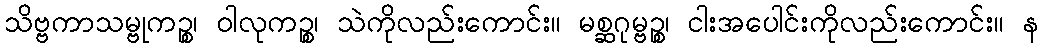
သိဗ္ဗကာသမ္ဗုကဉ္စ၊ ဝါလုကဉ္စ၊ သဲကိုလည်းကောင်း။ မစ္ဆဂုမ္ဗဉ္စ၊ ငါးအပေါင်းကိုလည်းကောင်း။ န